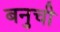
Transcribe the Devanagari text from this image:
बनुची